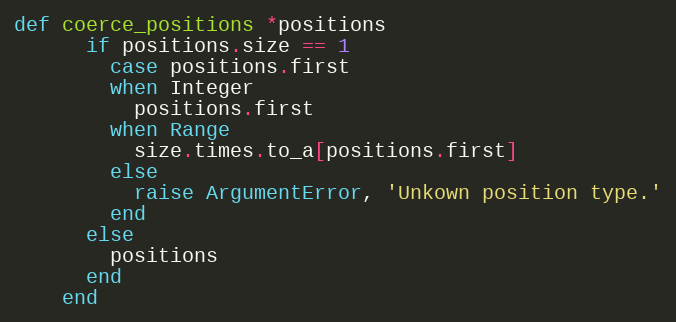
Language: Ruby
def coerce_positions *positions
      if positions.size == 1
        case positions.first
        when Integer
          positions.first
        when Range
          size.times.to_a[positions.first]
        else
          raise ArgumentError, 'Unkown position type.'
        end
      else
        positions
      end
    end